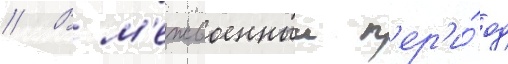
// В м'ежвоенныи п'ер'и́од